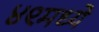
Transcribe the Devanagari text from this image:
४९मध्ये